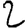
Digit: 2